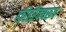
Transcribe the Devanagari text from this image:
हरिहरैक्यरूप